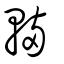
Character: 輛